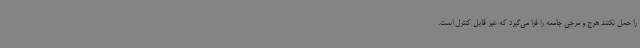
را حمل نکنند هرج و مرجی جامعه را فرا می‌گیرد که غیر قابل کنترل است.